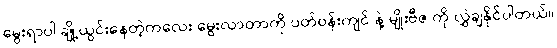
မွေးရာပါ ချို့ယွင်းနေတဲ့ကလေး မွေးလာတာကို ပတ်ဝန်းကျင် နဲ့ မျိုးဗီဇ ကို လွှဲချနိုင်ပါတယ်။